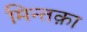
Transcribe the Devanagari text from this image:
मिन्तक़ा